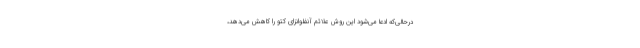
درحالی‌که ادعا می‌شود این روش علائم آنفلوانزای کتو را کاهش می‌دهد،